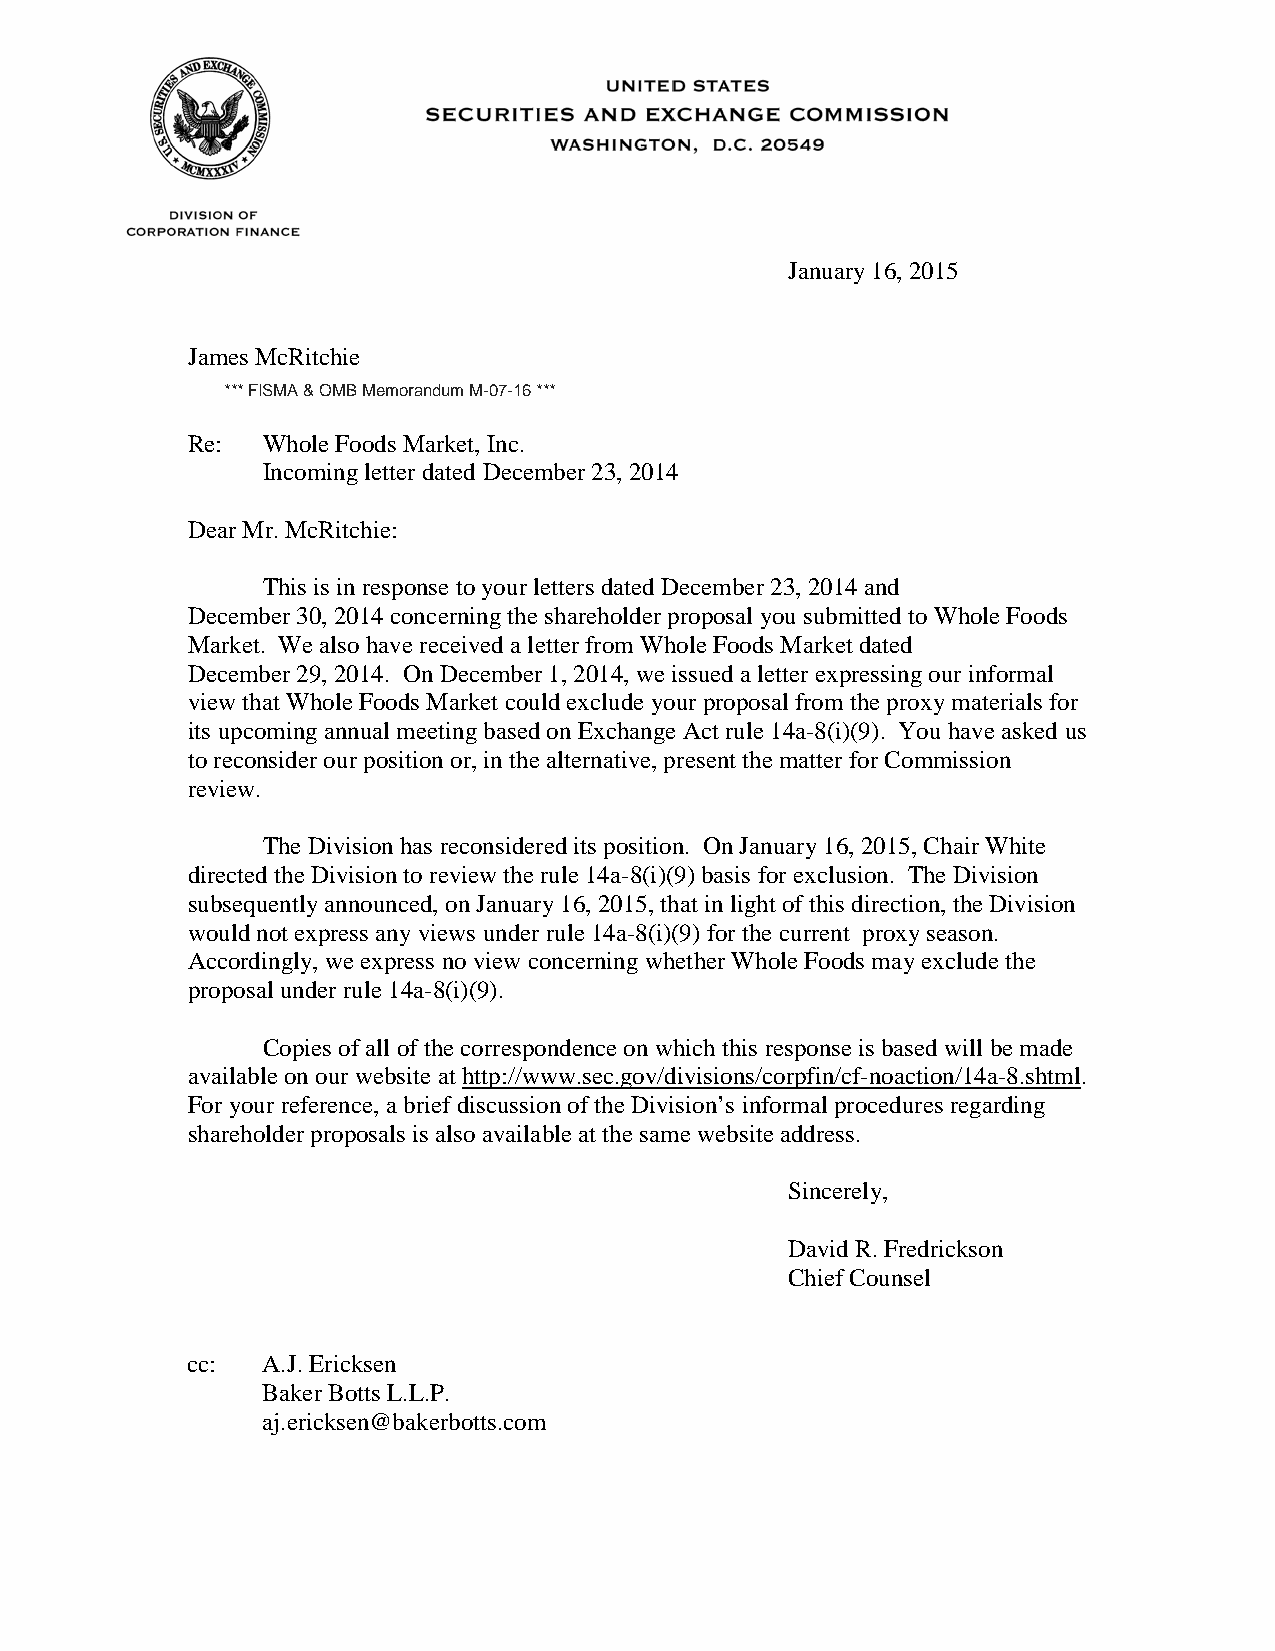
January 16, 2015
 James McRitchie
 *** FISMA & OMB Memorandum M-07-16 ***
 Re:  Whole Foods Market, Inc.
 Incoming letter dated December 23, 2014
 Dear Mr. McRitchie:
 This is in response to your letters dated December 23, 2014 and
 December 30, 2014 concerning the shareholder proposal you submitted to Whole Foods
 Market. We also have received a letter from Whole Foods Market dated
 December 29, 2014. On December 1, 2014, we issued a letter expressing our informal
 view that Whole Foods Market could exclude your proposal from the proxy materials for
 its upcoming annual meeting based on Exchange Act rule 14a-8(i)(9). You have asked us
 to reconsider our position or, in the alternative, present the matter for Commission
 review.
 The Division has reconsidered its position. On January 16, 2015, Chair White
 directed the Division to review the rule 14a-8(i)(9) basis for exclusion. The Division
 subsequently announced, on January 16, 2015, that in light of this direction, the Division
 would not express any views under rule 14a-8(i)(9) for the current proxy season.
 Accordingly, we express no view concerning whether Whole Foods may exclude the
 proposal under rule 14a-8(i)(9).
 Copies of all of the correspondence on which this response is based will be made
 available on our website at http://www.sec.gov/divisions/corpfin/cf-noaction/14a-8.shtml.
 For your reference, a brief discussion of the Division’s informal procedures regarding
 shareholder proposals is also available at the same website address.
 Sincerely,
 David R. Fredrickson
 Chief Counsel
 cc:  A.J. Ericksen
 Baker Botts L.L.P.
 aj.ericksen@bakerbotts.com